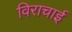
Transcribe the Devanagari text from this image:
विराचाई